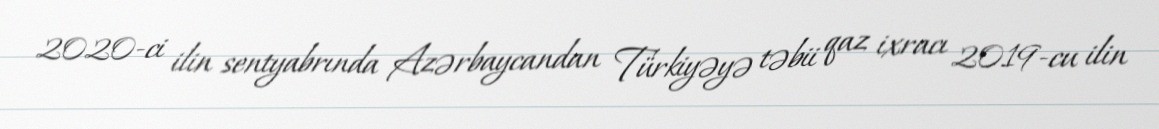
2020-ci ilin sentyabrında Azərbaycandan Türkiyəyə təbii qaz ixracı 2019-cu ilin